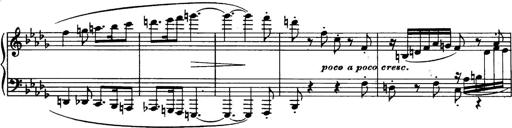
Title: 3 Sonatinas, Op.67
Composer: Jean Sibelius